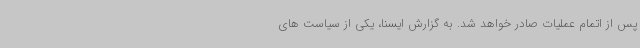
پس از اتمام عملیات صادر خواهد شد. به گزارش ایسنا، یکی از سیاست های